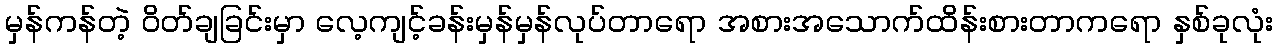
မှန်ကန်တဲ့ ဝိတ်ချခြင်းမှာ လေ့ကျင့်ခန်းမှန်မှန်လုပ်တာရော အစားအသောက်ထိန်းစားတာကရော နှစ်ခုလုံး